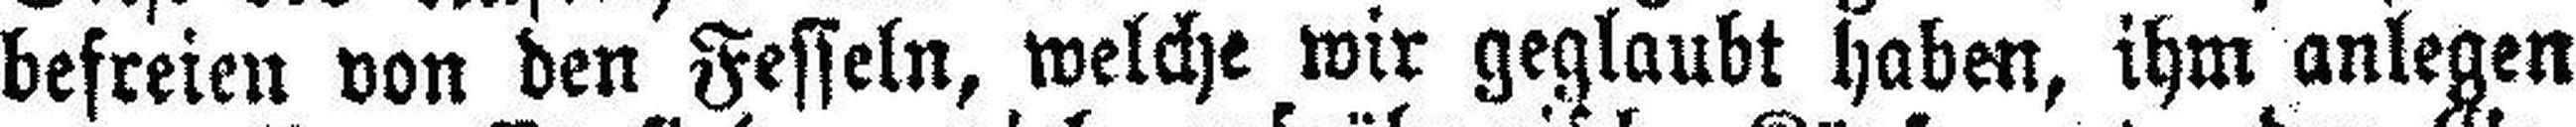
befreien von den Fesseln, welche wir geglaubt haben, ihm anlegen